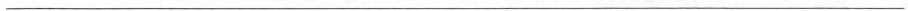
___